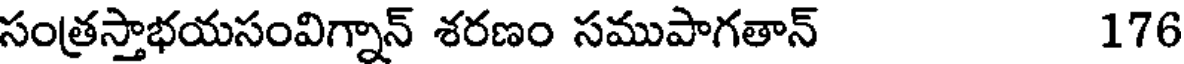
సంత్రస్తాభయసంవిగ్నాన్ శరణం సముపాగతాన్ 176